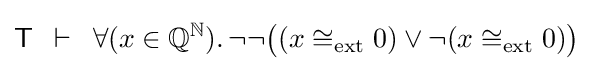
{\mathsf {T}}\,\,\,\vdash \,\,\,\forall (x\in {\mathbb {Q} }^{\mathbb {N} }).\,\neg \neg {\big (}(x\cong _{\mathrm {ext} }0)\lor \neg (x\cong _{\mathrm {ext} }0){\big )}